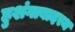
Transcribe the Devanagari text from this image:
हुशंगाबादस्थ